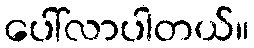
ပေါ်လာပါတယ်။